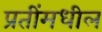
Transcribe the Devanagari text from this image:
प्रतींमधील